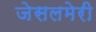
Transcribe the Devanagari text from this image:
जेसलमेरी